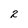
Character: 2